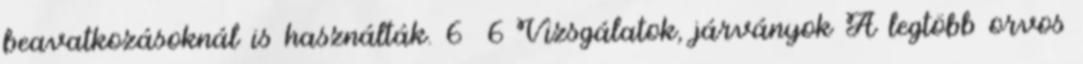
beavatkozásoknál is használták. 6 6 Vizsgálatok, járványok A legtöbb orvos